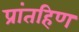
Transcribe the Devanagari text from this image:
प्रांतहिण